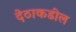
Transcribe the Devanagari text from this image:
देठाकडील